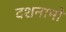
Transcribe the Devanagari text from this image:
दशनामों